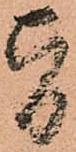
旨